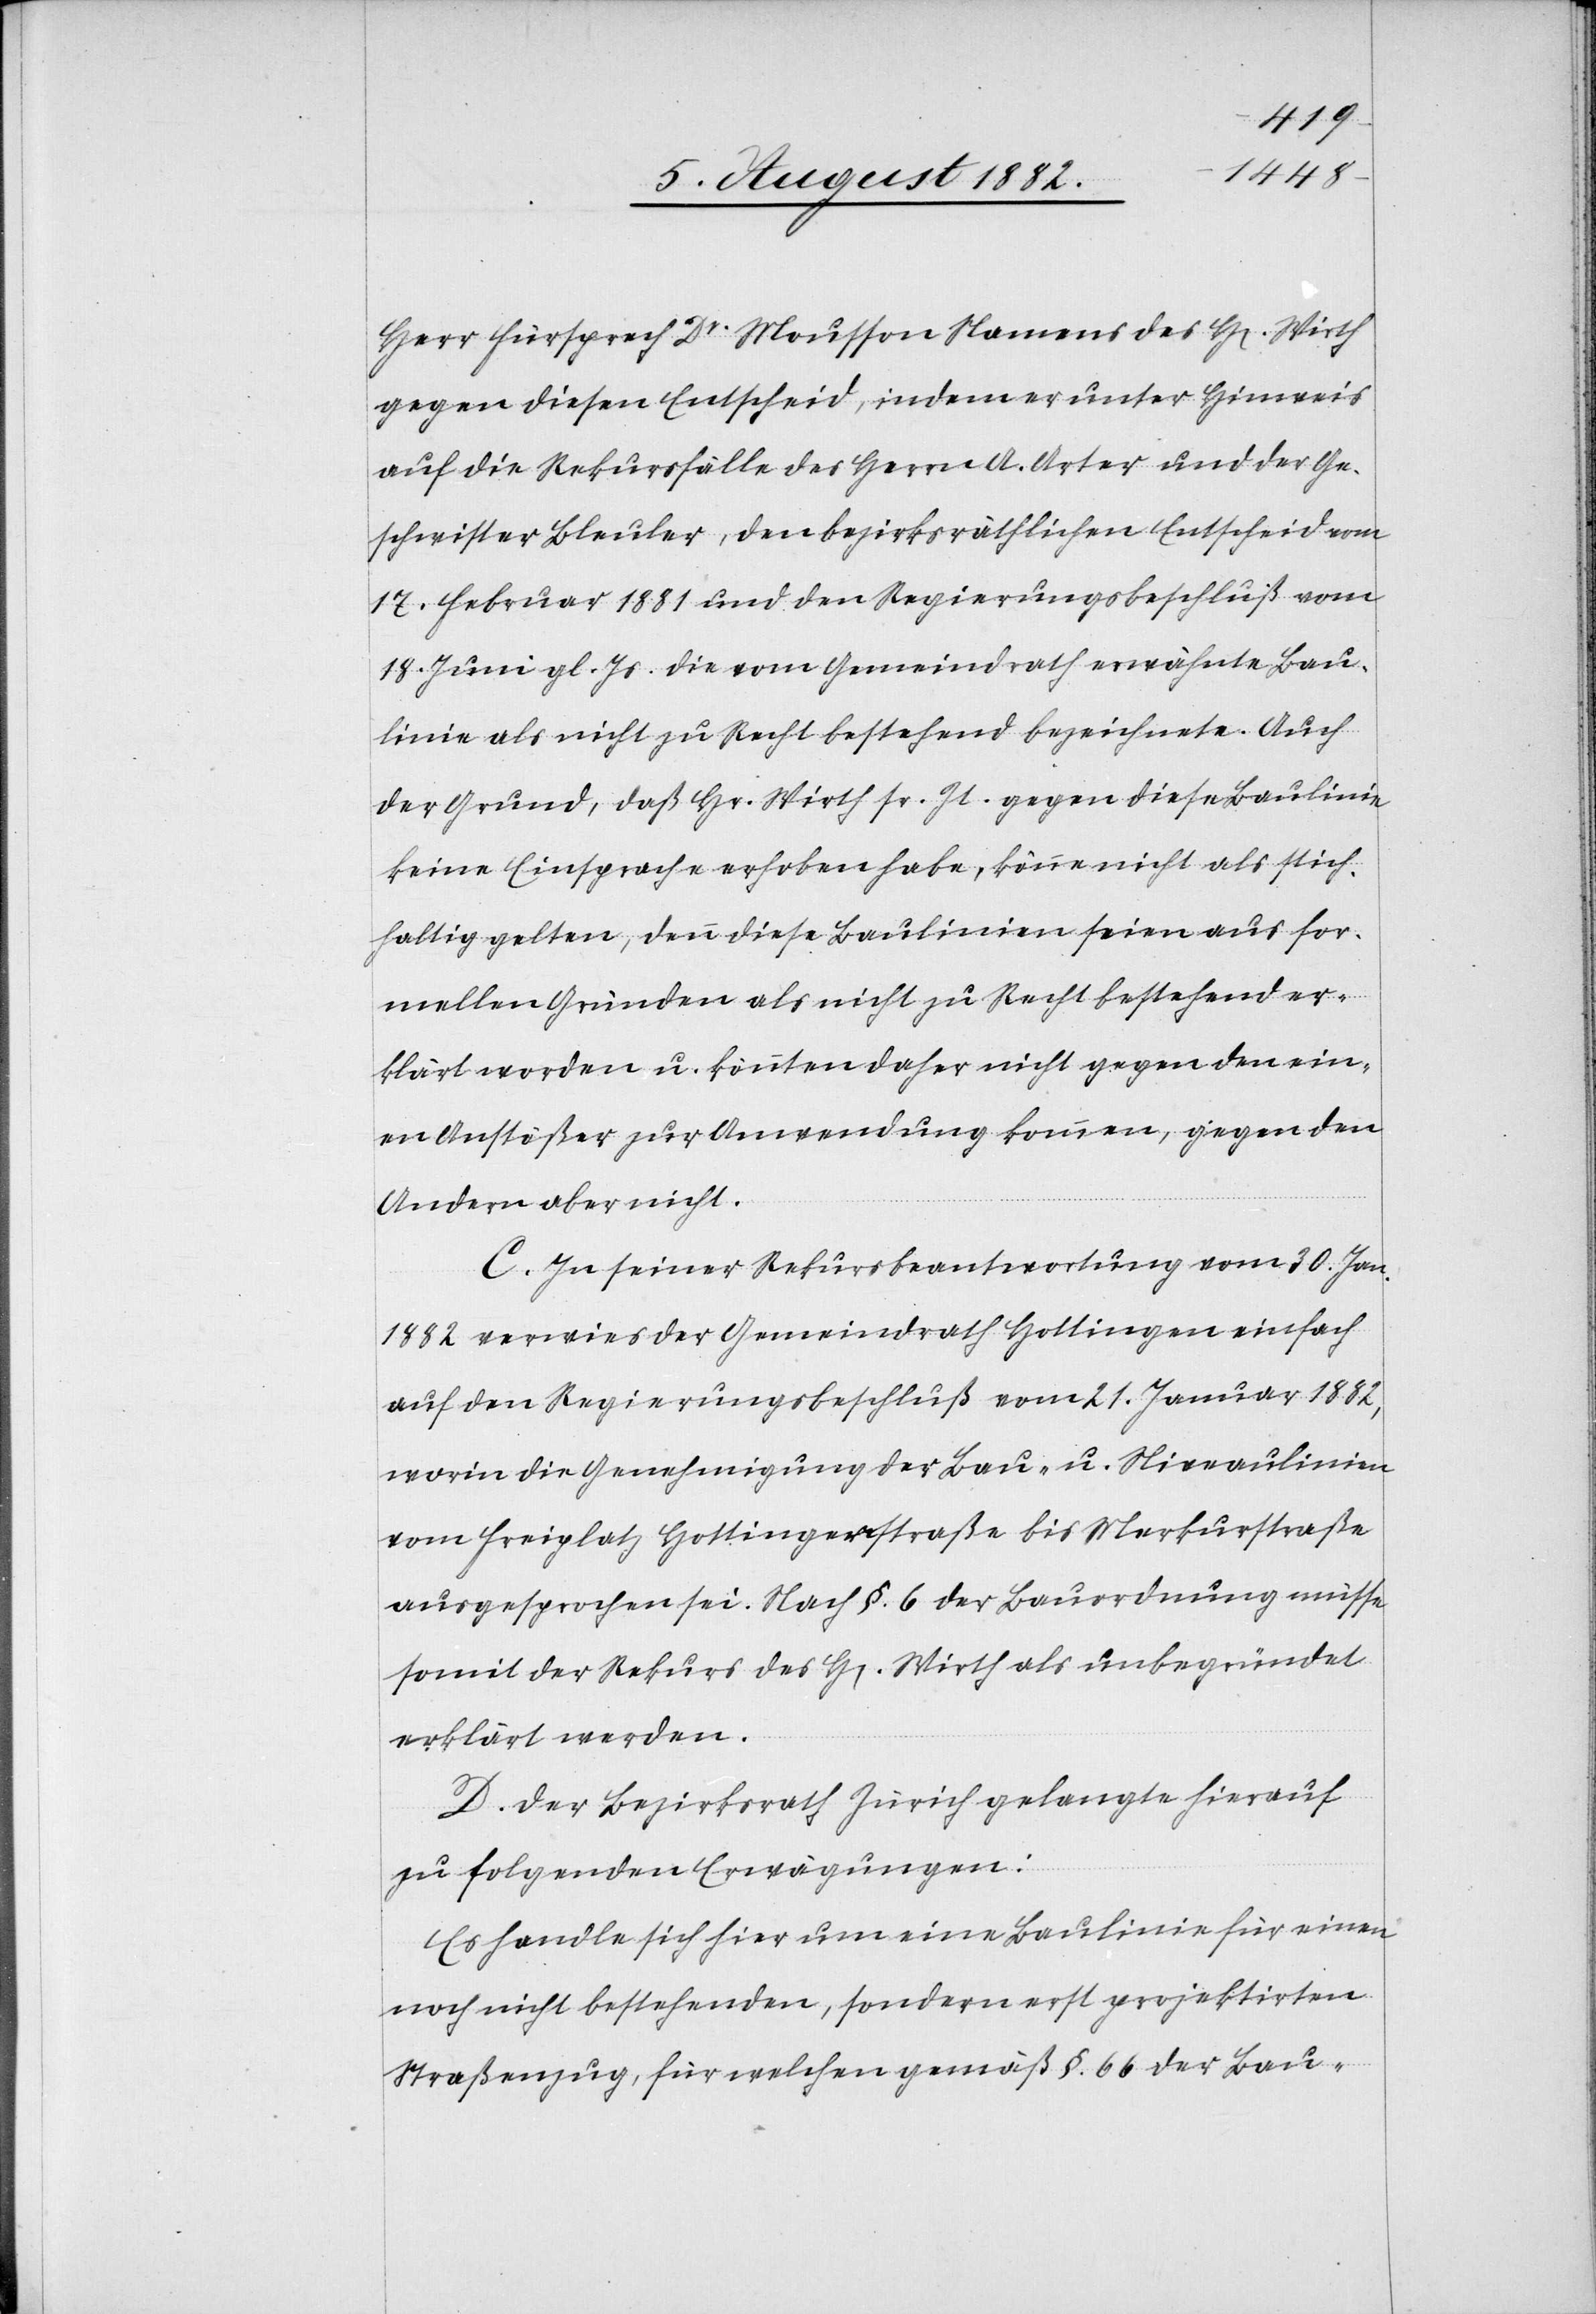
Herr Fürsrprech Dr Mousson Namens des H[errn] Wirth
gegen diesen Entscheid, indem er unter Hinweis
auf die Rekursfälle des Herrn A. Arter und der Ge¬
schwister Bleuler, den bezirksräthlichen Entscheid vom
17. Februar 1881 und den Regierungsbeschluß vom
18. Juni gl. Js. die vom Gemeindrath erwähnte Bau¬
linie als nicht zu Recht bestehend bezeichnete. Auch
der Grund, daß Hr. Wirth sr. Zt. gegen diese Baulinie
keine Einsprache erhoben habe, könne nicht als stich¬
haltig gelten, denn diese Baulinien seien aus for¬
mellen Gründen als nicht zu Recht bestehend er¬
klärt worden u. könnten daher nicht gegen den ein¬
en Anstößer zur Anwendung kommen, gegen den
Andern aber nicht.
C. In seiner Rekursbeantwortung vom 30. Jan.
1882 verwies der Gemeindrath Hottingen einfach
auf den Regierungsbeschluß vom 21. Januar 1882,
worin die Genehmigung der Bau- u. Niveaulinien
vom Freiplatz Hottingerstraße bis Merkurstraße
ausgesprochen sei. Nach §. 6 der Bauordnung müsse
somit der Rekurs des H[errn] Wirth als unbegründet
erklärt werden.
D. Der Bezirksrath Zürich gelangte hierauf
zu folgenden Erwägungen:
Es handle sich hier um eine Baulinie für einen
noch nicht bestehenden, sondern erst projektirten
Straßenzug, für welchen gemäß §. 66 der Bau-